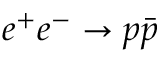
e ^ { + } e ^ { - } \to p \bar { p }